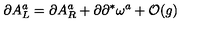
\partial A _ { L } ^ { a } = \partial A _ { R } ^ { a } + \partial \partial ^ { * } \omega ^ { a } + { \cal O } ( g )